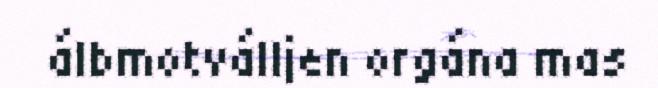
álbmotválljen orgána mas